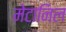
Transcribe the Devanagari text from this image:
मेटानिल